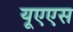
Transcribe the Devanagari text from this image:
यूएएस